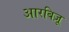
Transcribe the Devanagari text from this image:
आरबिज़ू